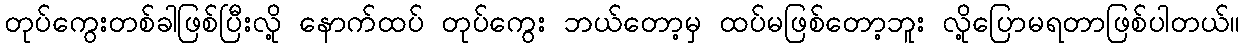
တုပ်ကွေးတစ်ခါဖြစ်ပြီးလို့ နောက်ထပ် တုပ်ကွေး ဘယ်တော့မှ ထပ်မဖြစ်တော့ဘူး လို့ပြောမရတာဖြစ်ပါတယ်။